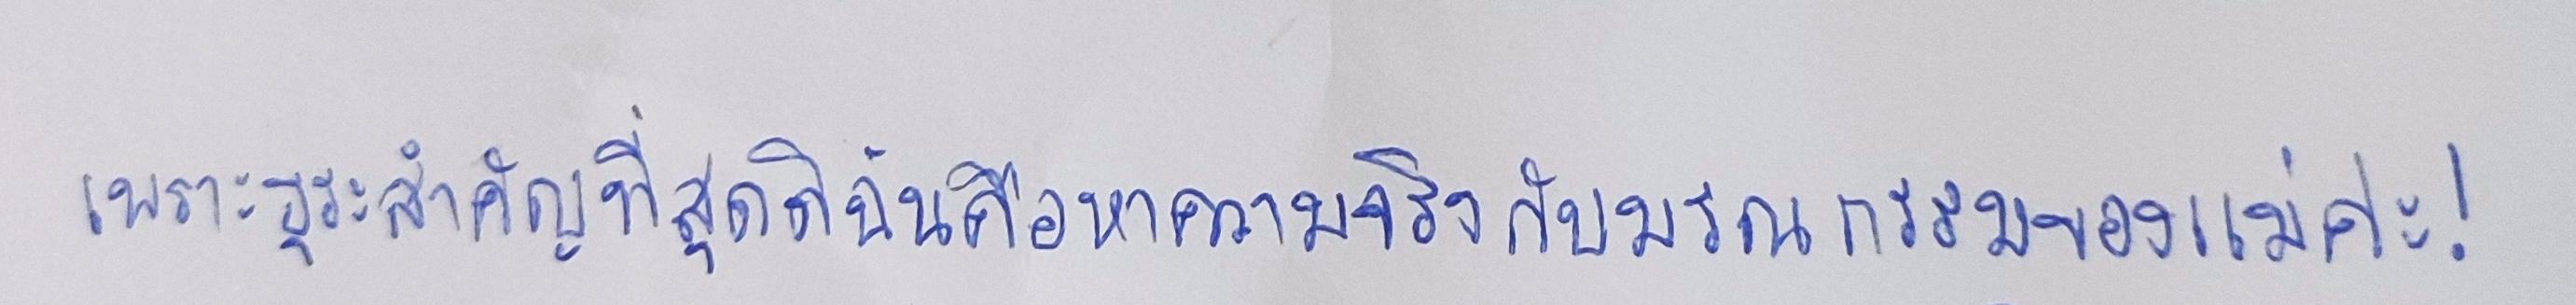
เพราะธุระสำคัญที่สุดดิฉันคือหาความจริงกับมรณกรรมของแม่ค่ะ!